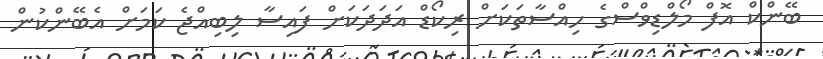
ބޭންކް އޮފް މޯލްޑިވްސްގެ ހިއްސާތަކަށް ރިކޯޑް އަދަދަކަށް ފައިސާ ލިބިއްޖެ ކަމަށް އެބޭންކުން